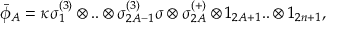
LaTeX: \bar { \phi } _ { A } = \kappa \sigma _ { 1 } ^ { ( 3 ) } \otimes . . \otimes \sigma _ { 2 A - 1 } ^ { ( 3 ) } \sigma \otimes \sigma _ { 2 A } ^ { ( + ) } \otimes 1 _ { 2 A + 1 } . . \otimes 1 _ { 2 n + 1 } ,